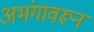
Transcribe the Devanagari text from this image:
अभंगावरून